Statistics compiled by the Government of India from the reports of provincial Civil Veterinary Departments
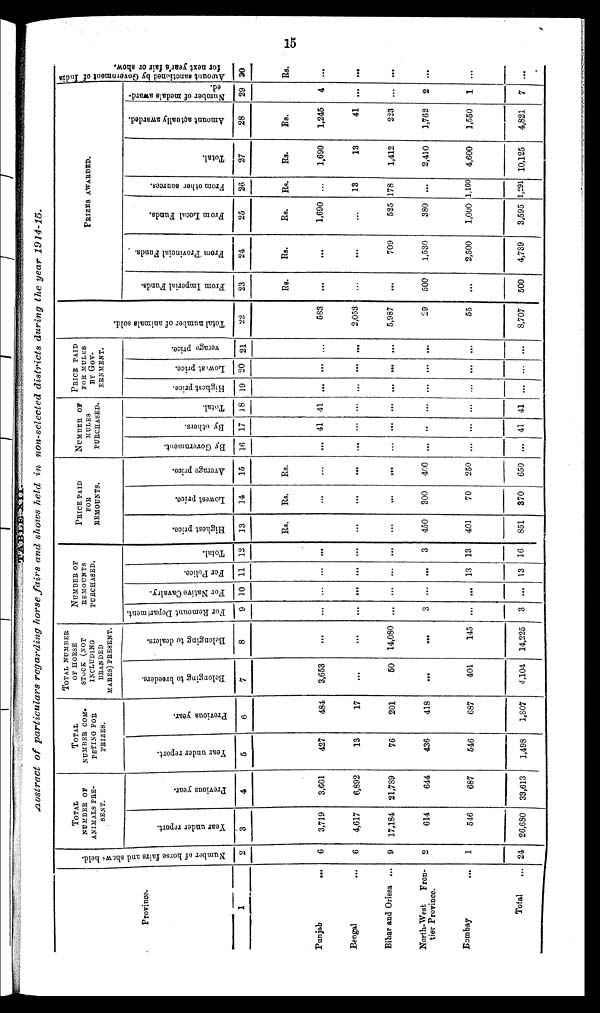
15
TABLE XII.
Abstract of particulars regarding horse fairs and shows held in non-selected districts during the year 1914-15.
Province.
1
Punjab
...
Bengal ...
Bihar and Orissa ...
North-West
Fron-
tier Province.
Bombay
...
Total ...
Number of hor se fairs and shows held.
2
6
6
9
2
1
24
TOTAL
NUMBER OF
ANIMALS PRE-
SENT.
Year under report.
3
3,719
4,617
17,184
614
546
26,680
Previous year.
4
3,601
6,892
21,789
644
687
33,613
TOTAL
NUMBER COM-
PETING FOR
PRIZES.
Year under report.
5
427
13
76
436
546
1,498
Previous year.
6
484
17
201
418
687
1,807
TOTAL NUMBER
OF HORSE
STOCK (NOT
INCLUDING
BRANDED
MABES) PRESENT.
Belonging to breeders.
7
3,653
...
50
...
401
4,104
Belonging to dealers.
8
...
...
14,080
...
145
14,225
NUMBER OF
REMOUNTS
PURCHASED.
For Remount Department.
9
...
...
...
3
...
3
For Native Cavalry.
10
...
...
...
...
...
...
For Police.
11
...
...
...
...
13
13
Total.
12
...
...
...
3
13
16
PRICE PAID
FOR
REMOUNTS.
Highest price.
13
Rs.
...
...
...
450
401
851
Lowest price.
14
Rs.
...
...
...
300
70
370
Average price.
15
Rs.
...
...
...
400
250
650
NUMBER OF
MULES
PURCHASED.
By Government.
16
...
...
...
...
...
...
By others.
17
41
...
...
...
...
41
Total.
18
41
...
...
...
...
41
PRICE PAID
FOR MULES
BY GOV-
ERNMENT.
Highest price.
19
...
...
...
...
...
...
Lowest price.
20
...
...
...
...
...
...
verage price.
21
...
...
...
...
...
...
Total number of animals sold
22
583
2,053
5,987
29
55
8,707
PRIZES AWARDED.
From Imperial Funds.
23
Rs.
...
...
...
500
...
500
From Provincial Funds.
24
Rs.
...
...
709
1,530
2,500
4,739
From Local Funds.
25
Rs.
1,690
...
525
380
1,000
3,595
From other sources.
26
Rs.
...
13
178
...
1,100
1,291
Total.
27
Rs.
1,690
13
1,412
2,410
4,600
10,125
Amount actually awarded.
28
Rs.
1,245
41
223
1,762
1,550
4,821
Number of medals award-
ed.
29
4
...
...
2
1
7
Amount
sanctioned by Government of India
for next year's fair or show.
30
Rs.
...
...
...
...
...
...